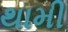
થામી